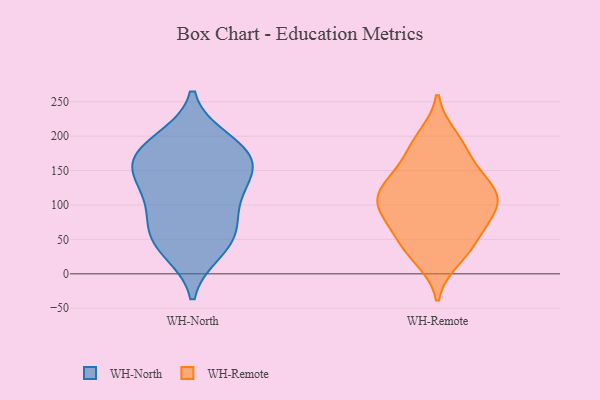
{"axis": {"x": "Temperature (°C)", "y": "Value"}, "legend": ["WH-North", "WH-Remote"], "data": [{"x": "", "y": 118, "type": "WH-North"}, {"x": "", "y": 168, "type": "WH-North"}, {"x": "", "y": 92, "type": "WH-North"}, {"x": "", "y": 53, "type": "WH-North"}, {"x": "", "y": 72, "type": "WH-North"}, {"x": "", "y": 186, "type": "WH-North"}, {"x": "", "y": 34, "type": "WH-North"}, {"x": "", "y": 129, "type": "WH-North"}, {"x": "", "y": 159, "type": "WH-North"}, {"x": "", "y": 170, "type": "WH-North"}, {"x": "", "y": 194, "type": "WH-North"}, {"x": "", "y": 46, "type": "WH-North"}, {"x": "", "y": 146, "type": "WH-North"}, {"x": "", "y": 90, "type": "WH-Remote"}, {"x": "", "y": 54, "type": "WH-Remote"}, {"x": "", "y": 199, "type": "WH-Remote"}, {"x": "", "y": 109, "type": "WH-Remote"}, {"x": "", "y": 83, "type": "WH-Remote"}, {"x": "", "y": 29, "type": "WH-Remote"}, {"x": "", "y": 133, "type": "WH-Remote"}, {"x": "", "y": 185, "type": "WH-Remote"}, {"x": "", "y": 157, "type": "WH-Remote"}, {"x": "", "y": 56, "type": "WH-Remote"}, {"x": "", "y": 133, "type": "WH-Remote"}, {"x": "", "y": 106, "type": "WH-Remote"}, {"x": "", "y": 80, "type": "WH-Remote"}, {"x": "", "y": 22, "type": "WH-Remote"}, {"x": "", "y": 110, "type": "WH-Remote"}, {"x": "", "y": 145, "type": "WH-Remote"}, {"x": "", "y": 107, "type": "WH-Remote"}, {"x": "", "y": 189, "type": "WH-Remote"}, {"x": "", "y": 113, "type": "WH-Remote"}, {"x": "", "y": 39, "type": "WH-Remote"}]}